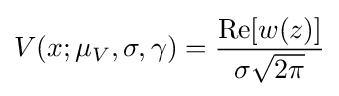
V(x;\mu _{V},\sigma ,\gamma )={\frac {\operatorname {Re} [w(z)]}{\sigma {\sqrt {2\pi }}}}